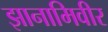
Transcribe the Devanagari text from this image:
झानामिवीर